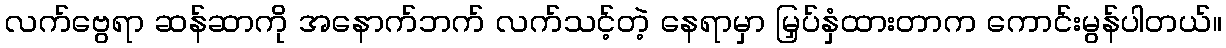
လက်ဗွေရာ ဆန်ဆာကို အနောက်ဘက် လက်သင့်တဲ့ နေရာမှာ မြှပ်နှံထားတာက ကောင်းမွန်ပါတယ်။